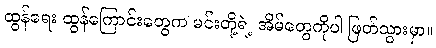
ထွန်ရေး ထွန်ကြောင်းတွေက မင်းတို့ရဲ့ အိမ်တွေကိုပါ ဖြတ်သွားမှာ။